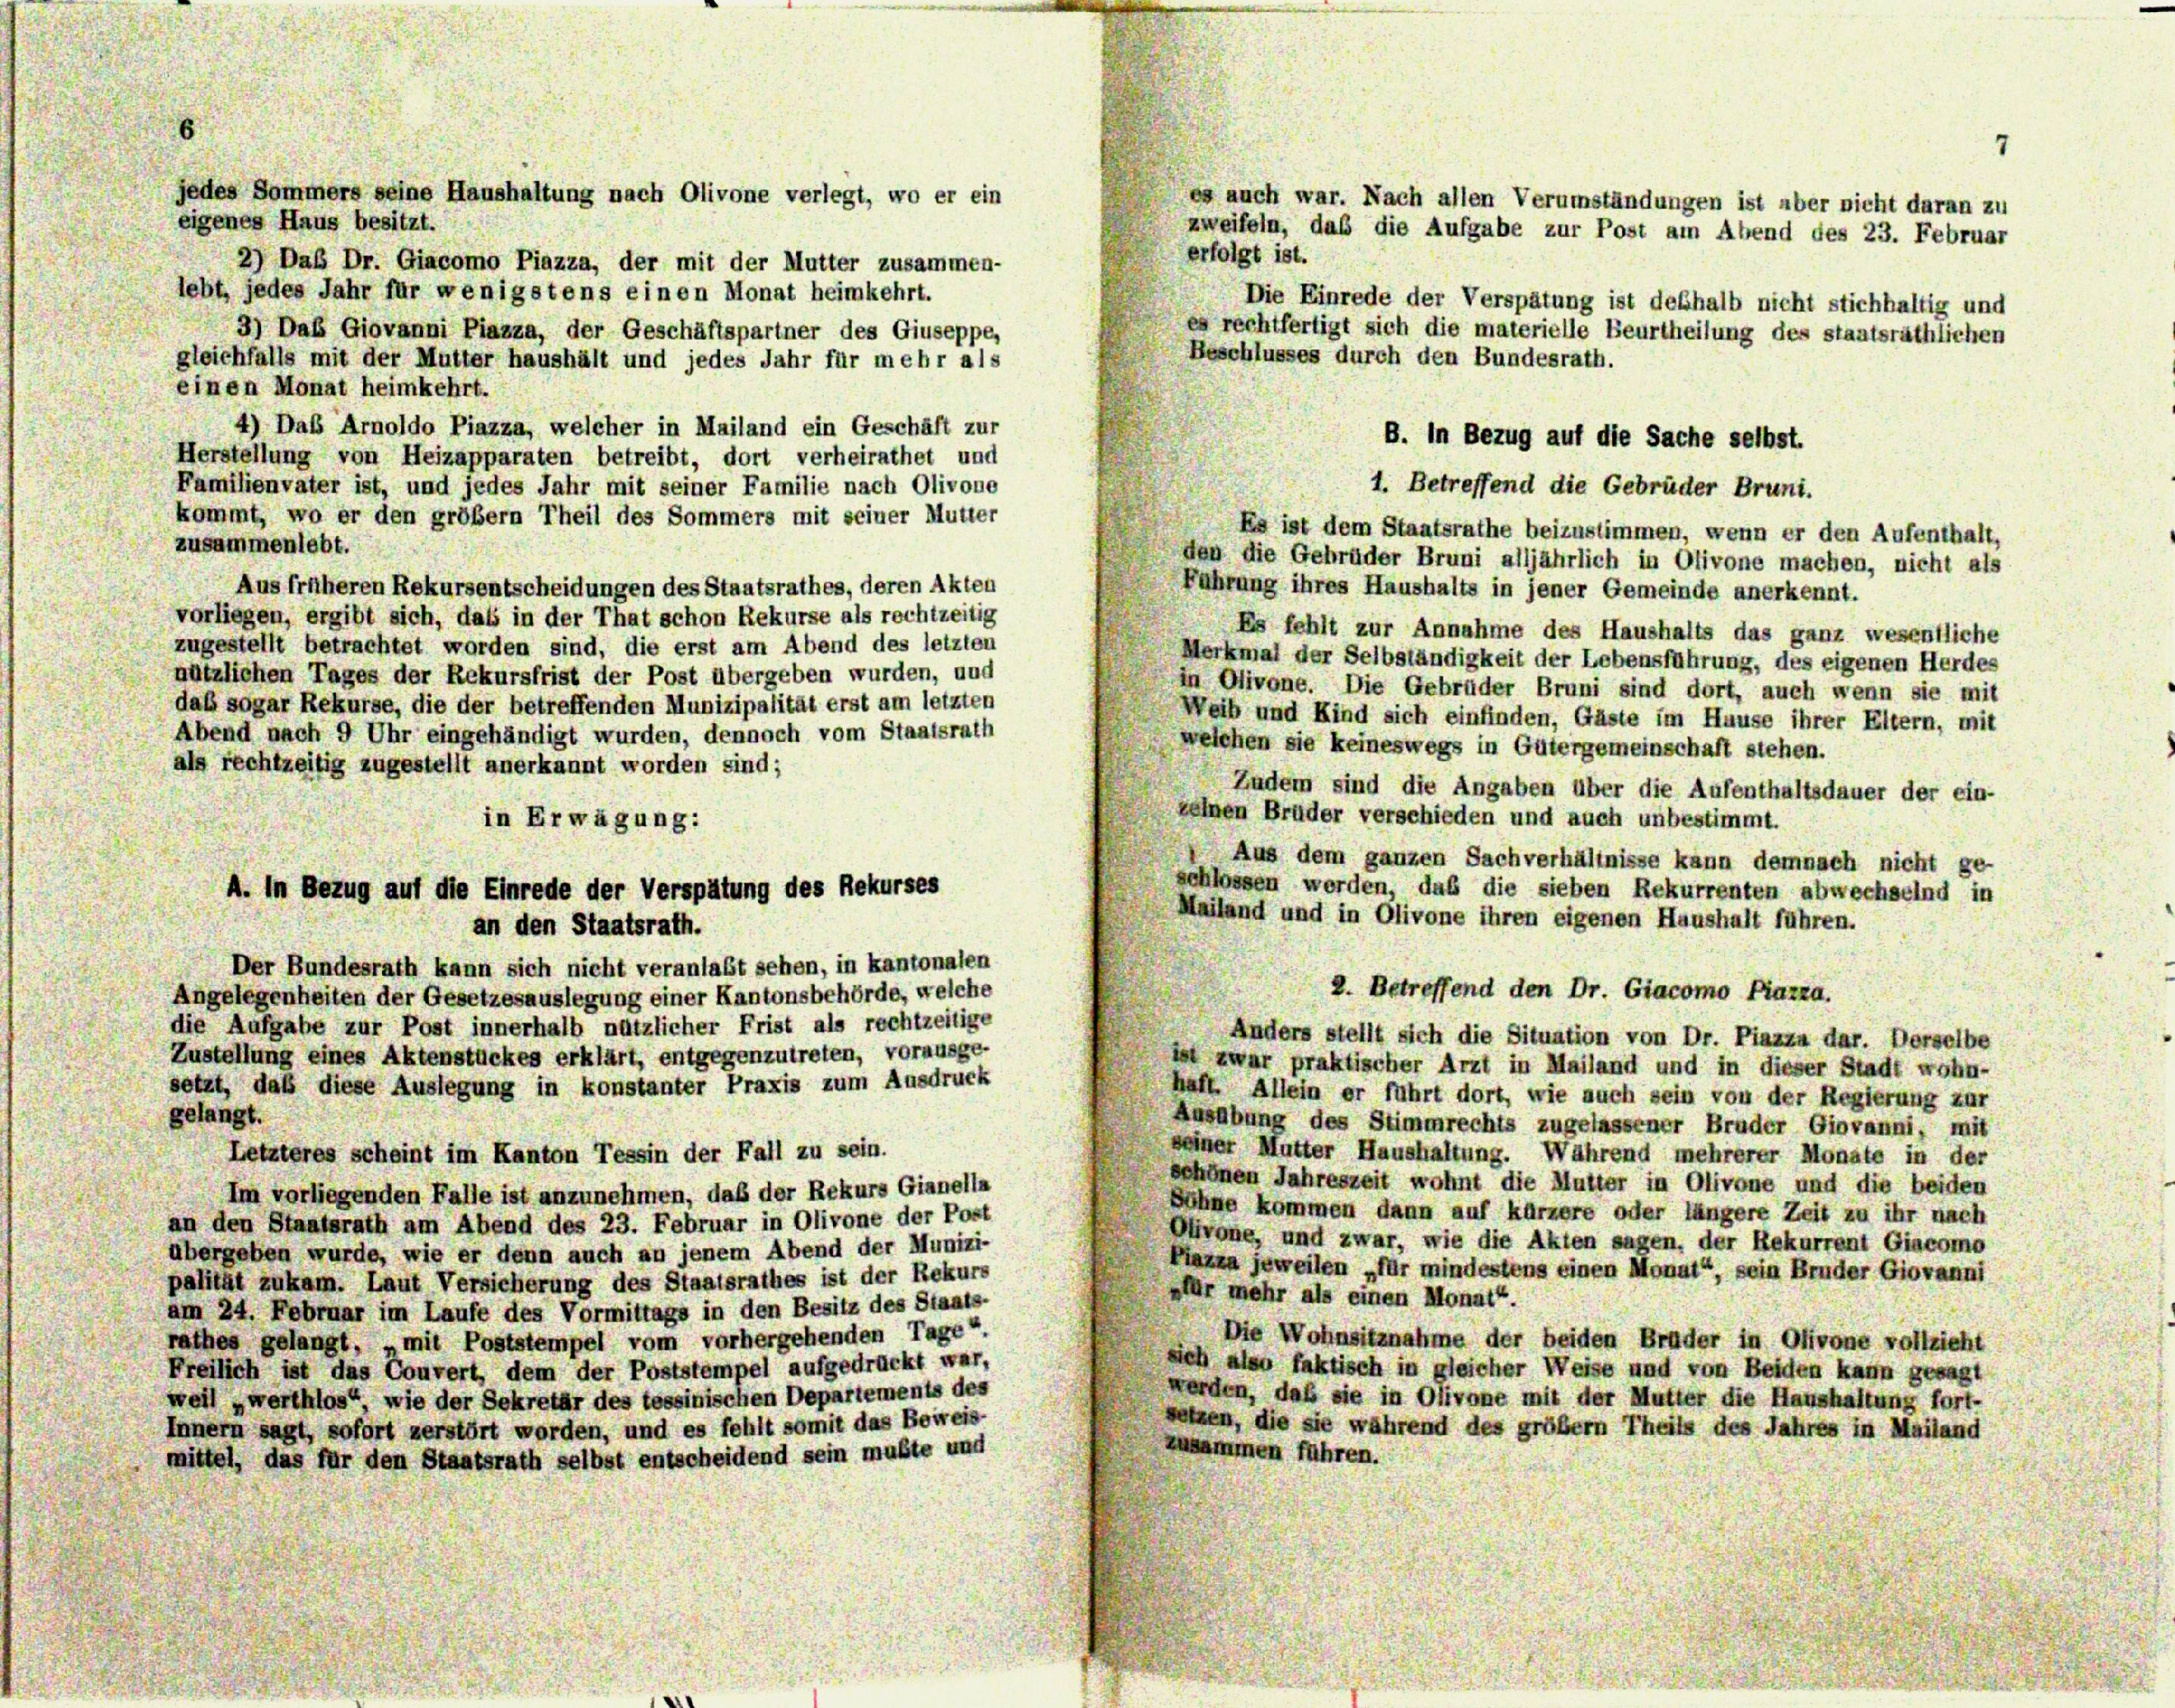
7
es auch war. Nach allen Verumständungen ist aber nicht daran zu
eigenes Haus besitzt.
zweifeln, daß die Aufgabe zur Post am Abend des 23. Februar
erfolgt ist.
2) Daß Dr. Giacomo Piazza, der mit der Mutter zusammen-
lebt, jedes Jahr für wenigstens einen Monat heimkehrt.
Die Einrede der Verspätung ist deshalb nicht stichhaltig und
3) Das Giovanni Piazza, der Geschäftspartner des Giuseppe,
es rechtfertigt sich die materielle Beurtheilung des staatsräthlichen
Beschlusses durch den Bundesrath.
gleichfalls mit der Mutter haushält und jedes Jahr für mehr als
einen Monat heimkehrt.
4) Das Arnoldo Piazza, welcher in Mailand ein Geschäft zur
Herstellung von Heizapparaten betreibt, dort verheirathet und
Familienvater ist, und jedes Jahr mit seiner Familie nach Olivone
kommt, wo er den größer Theil des Sommers mit seiner Mutter
Es ist dem Staatsrathe beizustimmen, wenn er den Aufenthalt,
zusammenlebt.
den die Gebrüder Bruni alljährlich in Olivone machen, nicht als
Aus früheren Rekursentscheidungen des Staatsrathes, deren Akten
Fahrung ihres Haushalts in jener Gemeinde anerkennt.
vorliegen, ergibt sich, dass in der That schon Rekurse als rechtzeitig
Es fehlt zur Annahme des Haushalts das ganz wesentliche
zugestellt betrachtet worden sind, die erst am Abend des letzten
Merkmal der Selbständigkeit der Lebensführung, des eigenen Herdes
nützlichen Tages der Rekursfrist der Post übergeben wurden, und
in Olivone. Die Gebrüder Bruni sind dort, auch wenn sie mit
daß sogar Rekurse, die der betreffenden Munizipalität erst am letzten
Weib und Kind sich einfinden, Gäste im Hause ihrer Eltern, mit
Abend nach 9 Uhr eingehändigt wurden, dennoch vom Staatsrath
welchen sie keineswegs in Gütergemeinschaft stehen.
als rechtzeitig zugestellt anerkannt worden sind;
Zudem sind die Angaben über die Aufenthaltsdauer der ein-
zelnen Bruder verschieden und auch unbestimmt.
in Erwägung:
Aus dem ganzen Sachverhältnisse kann demnach nicht ge-
schlossen werden, das die sieben Rekurrenten abwechselnd in
Mailand und in Olivone ihren eigenen Haushalt führen.
an den Staatsrath.
Der Bundesrath kann sich nicht veranlast sehen, in kantonalen
2. Betreffend den Dr. Giacomo Piazza.
Angelegenheiten der Gesetzesauslegung einer Kantonsbehörde, welche
die Aufgabe zur Post innerhalb nützlicher Frist als rechtzeitige
Anders stellt sich die Situation von Dr. Fiazza dar. Derselbe
Zustellung eines Aktenstückes erklärt, entgegenzutreten, vorausge-
ist zwar praktischer Arzt in Mailand und in dieser Stadt wohn-
setzt, daß diese Auslegung in konstanter Praxis zum Ausdruck
haft. Allein er führt dort, wie auch sein von der Regierung zur
gelangt.
Ausübung des Stimmrechts zugelassener Bruder Giovanni, mit
seiner Mutter Haushaltung. Während mehrerer Monate in der
Letzteres scheint im Kanton Tessin der Fall zu sein.
schönen Jahreszeit wohnt die Mutter in Olivone und die beiden
Im vorliegenden Falle ist anzunehmen, daß der Rekurs Gianella
Bühne kommen dann auf kürzere oder längere Zeit zu ihr nach
an den Staatsrath am Abend des 23. Februar in Olivone der Post
Olivone, und zwar, wie die Akten sagen, der Rekurrent Giacomo
übergeben wurde, wie er denn auch an jenem Abend der Munizi-
Piazza jeweilen „für mindestens einen Monat“, sein Bruder Giovanni
palität zukam. Laut Versicherung des Staatsrathes ist der Rekurs
»für mehr als einen Monat“.
am 24. Februar im Laufe des Vormittags in den Besitz des Staats-
Die Wohnsitznahme der beiden Brüder in Olivone vollzieht
rathes gelangt, „mit Poststempel vom vorhergehenden Tage“.
sich also faktisch in gleicher Weise und von Beiden kann gesagt
Freilich ist das Couvert, dem der Poststempel aufgedrückt war,
werden, daß sie in Olivone mit der Mutter die Haushaltung fort-
weil „werthlos“, wie der Sekretär des tessinischen Departements des
setzen, die sie während des größer Theils des Jahres in Mailand
Innern sagt, sofort zerstört worden, und es fehlt somit das Beweis-
zusammen führen.
mittel, das für den Staatsrath selbst entscheidend sein mußte und

jedes Sommers seine Haushaltung nach Olivone verlegt, wo er ein

A. In Bezug auf die Einrede der Verspätung des Rekurses

B. In Bezug auf die Sache selbst.
1. Betreffend die Gebrüder Bruni.